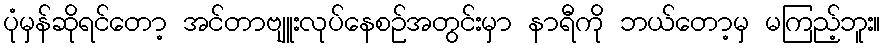
ပုံမှန်ဆိုရင်တော့ အင်တာဗျူးလုပ်နေစဉ်အတွင်းမှာ နာရီကို ဘယ်တော့မှ မကြည့်ဘူး။